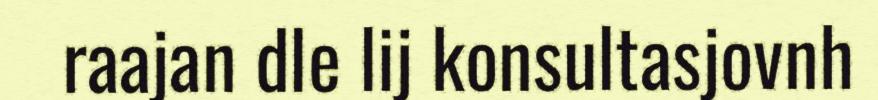
raajan dle lij konsultasjovnh